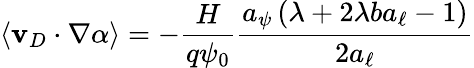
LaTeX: \langle\mathbf{v}_{D}\cdot\nabla\alpha\rangle=-\frac{H}{q\psi_{0}}\frac{a_{\psi}\left(\lambda+2\lambda ba_{\ell}-1\right)}{2a_{\ell}}